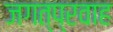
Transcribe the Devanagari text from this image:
जगत्प्रवाह